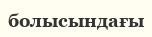
болысындағы